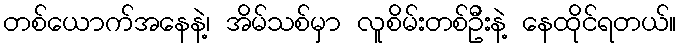
တစ်ယောက်အနေနဲ့၊ အိမ်သစ်မှာ လူစိမ်းတစ်ဦးနဲ့ နေထိုင်ရတယ်။